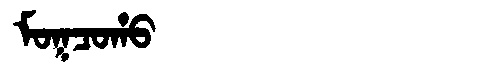
Manchu: ᠮᠣᡴᠴᠣᡥᠣ
Romanization: MOKCOHO